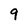
Character: 9